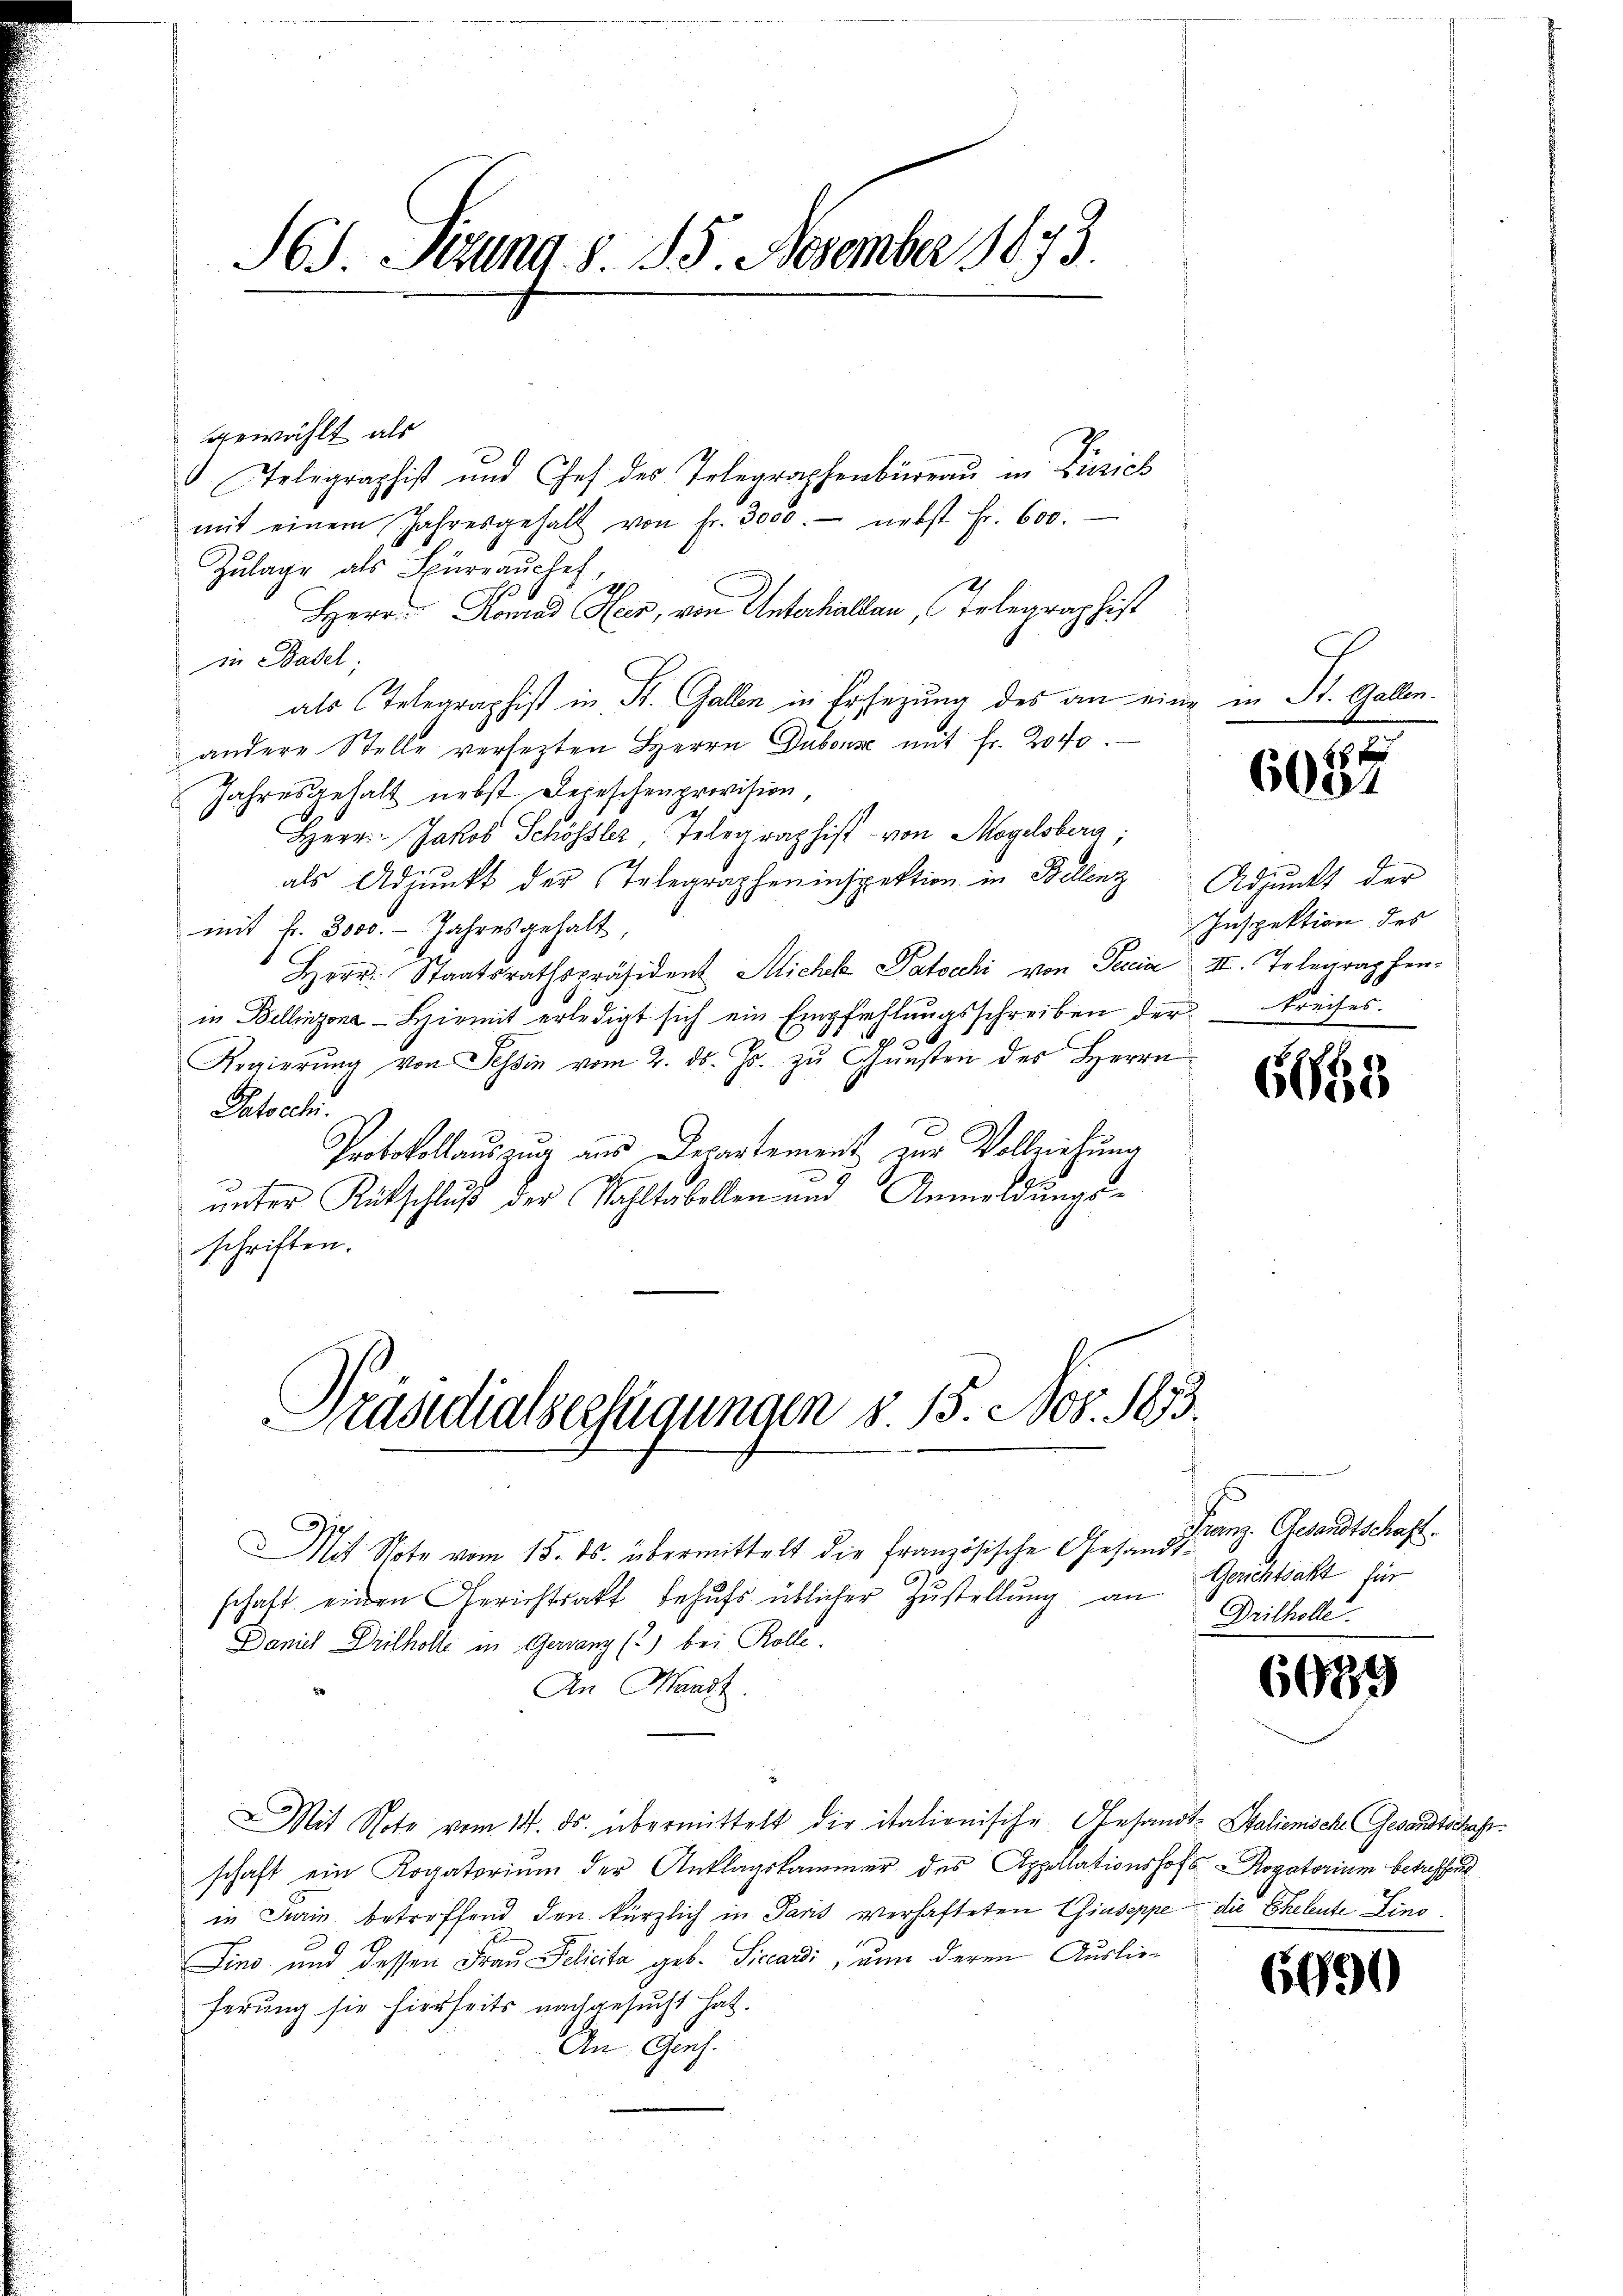
16. Jung. S. 15. November 1873.

gewählt als
Telegraphist und Chef des Telegraphenbüreaŭ in Zürich
mit einem Jahresgehalt von Fr. 3000.- nebst Fr. 600.
Zulage als Büreaŭchef,
Herr Konrad Heer, von Unterhallen, Telegraphist
in Basel
als Telegraphist in St. Gallen in Ersezung des an eine in St. Gallen.
andere Stelle versetzten Herrn Duboise mit fr. 2040
Jahresgehalt nebst Depeschenprovision,
Herr Jakob Schössler, Telegraphist von Mogelsberg;
als Adjunkt der Telegrapheninspektion in Bellenz Adjunkt der
mit fr. 3000. - Jahresgehalt
Herr Staatsrathspräsident Michl Patocchi von Peccia III. Telegraphen-
in Bellinzona - Hiemit erledigt sich ein Empfiehlŭngsschreiben der Kreises.
Regierŭng von Tessin vom 2. ds. Js. zŭ Gŭnsten des Herrn
Patsch.
Protokollauszug aus Departement zur Vollziehung
e
unter Rückschluß der Wahltabellen und Anmeldungs-
schriften.

Präsidialserfügungen §. 15. Nov. 1873.

Mit Spote vom 15. ds. übermittelt die Französische Gesandtschaft einen Gerichtsakt behufs üblicher Zustellung an
Daniel Drilholle in Gervanz () bei Kolle.
An Mandt.
Mit Note vom 14. ds. übermittelt die italionische Gesandt-Salienische Gesandtschaft.
schaft ein Rogatorium der Anklagskammer des Appellationshofs - Rogatorium betreffend
in Krain betreffend den kürzlich in Paris verhafteten Giuseppe die Eheleute Lino
Fino, und dessen Frau Policita geb. Siccardi, nun deren Auslieferung sie hierseits nachgesucht hat.
An Genf.

6087

Inspektion des

6065

Franz Gesandtschaft.
Gerichtsakt für
Drilholle.

6089

6690